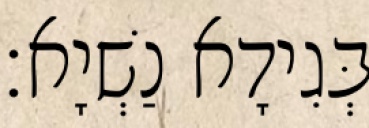
בְּגִידָא נַשְׁיָא׃